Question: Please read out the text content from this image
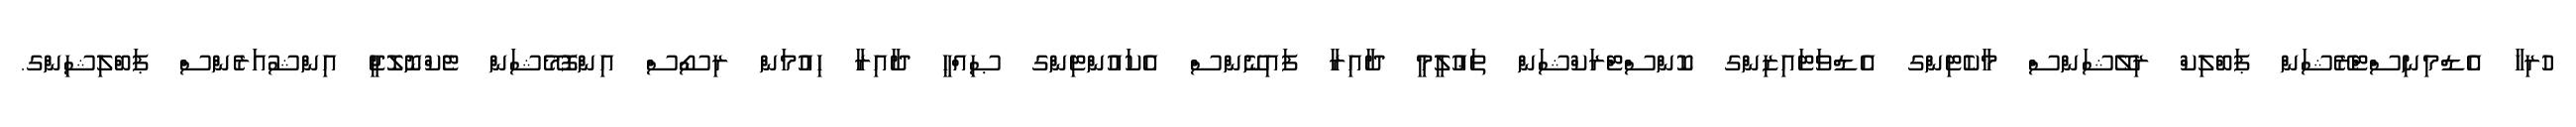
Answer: ހުރިހާ އެޑްމިނިސްޓްރޭޝަން ޕަބްލިކް ރިލޭޝަންސް މާކެޓިންގ އެޑްވަޓައިޒިންގ ކޮންސްޓްރަކްޝަން ތަޢުލީމީ ދާއިރާ ފައިނޭންސް އެކައުންޓިންގ ޞިއްޙީ ދާއިރާ ހިއުމަން ރިސޯސް އިންފޮމޭޝަން ޓެކްނޮލޮޖީ އިންޝުއަރެންސް ޕަބްލިޝިންގ.